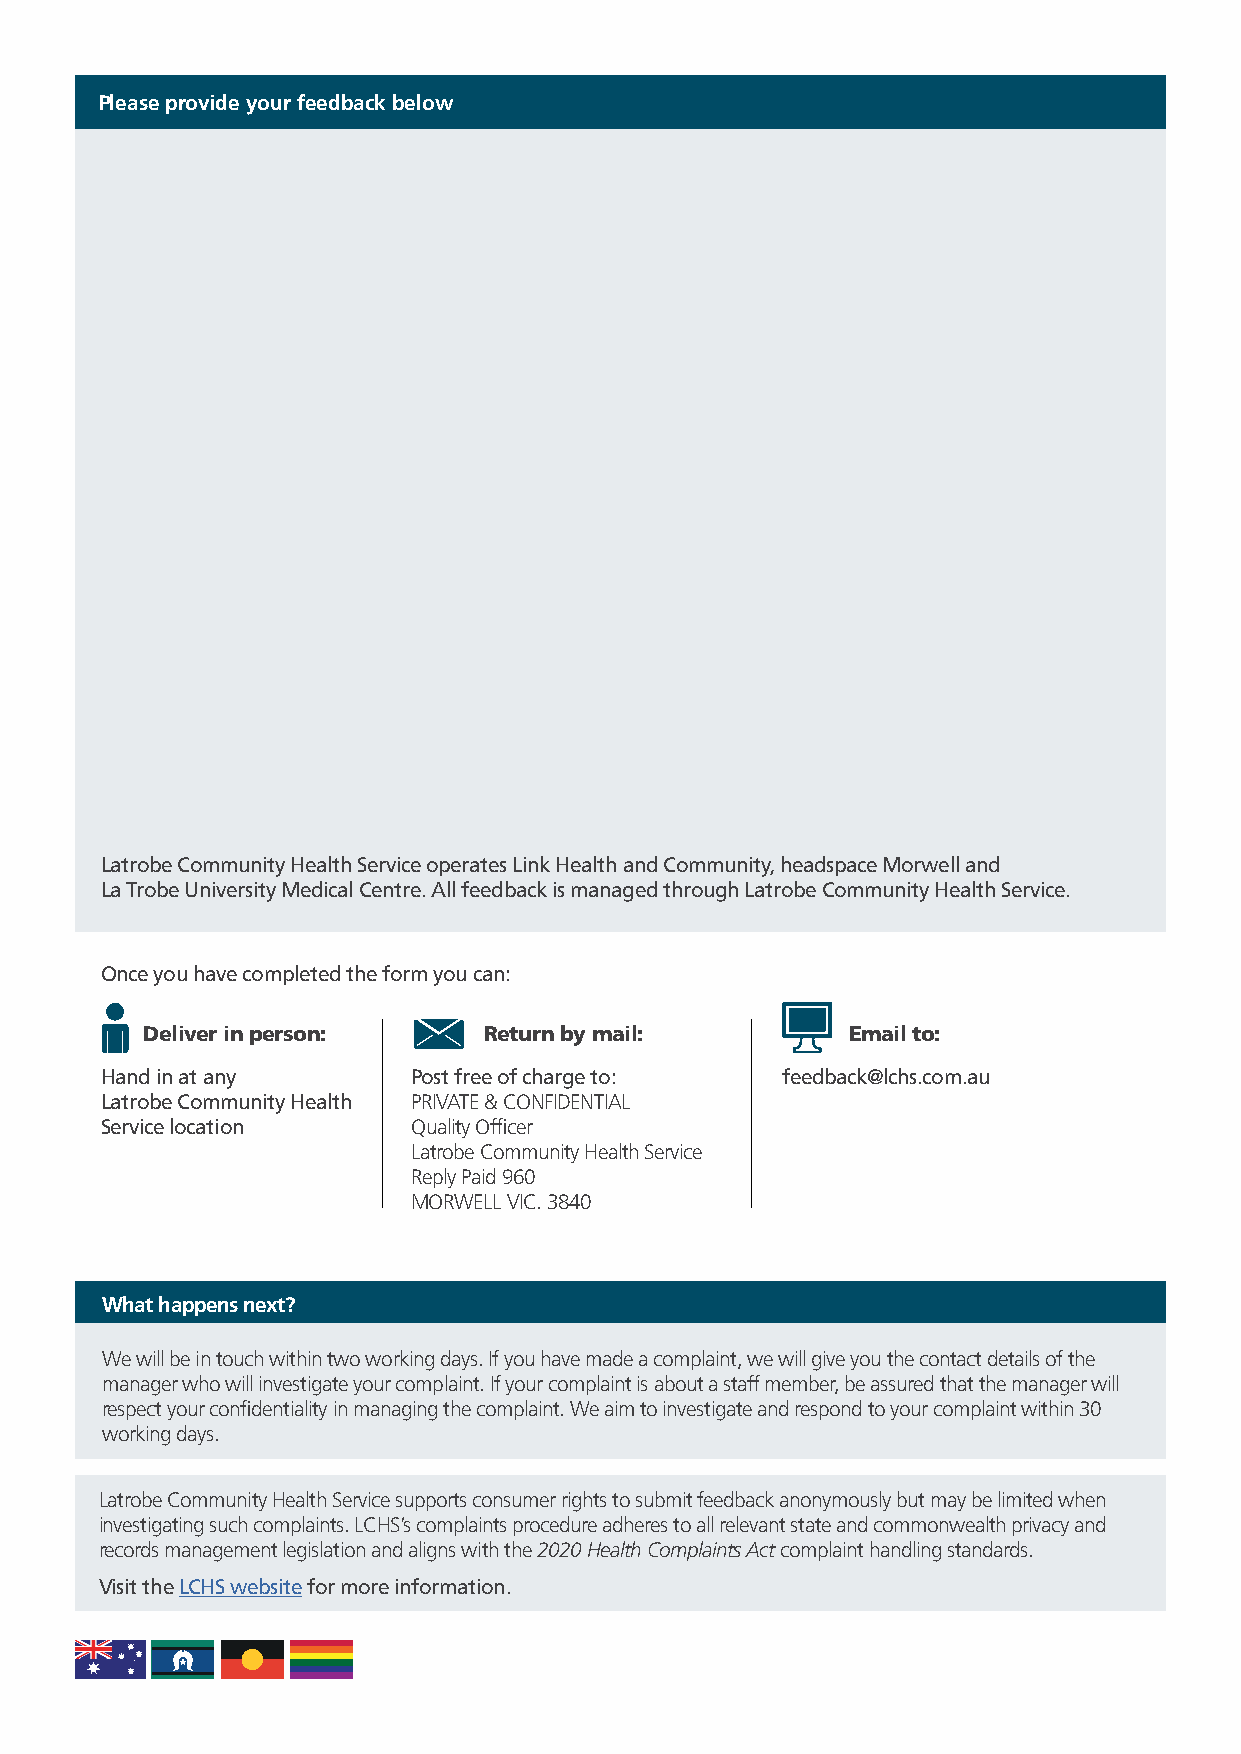
Section B continued
 Please provide your feedback below
 Latrobe Community Health Service operates Link Health and Community, headspace Morwell and
 La Trobe University Medical Centre. All feedback is managed through Latrobe Community Health Service.
 Once you have completed the form you can:
 Deliver in person:     Return by mail:         Email to:
 Hand in at any      Post free of charge to:  feedback@lchs.com.au
 Latrobe Community Health P RIVATE & CONFIDENTIAL
 Service location    Quality Officer
 Latrobe Community Health Service
 Reply Paid 960
 MORWELL VIC. 3840
 What happens next?
 We will be in touch within two working days. If you have made a complaint, we will give you the contact details of the
 manager who will investigate your complaint. If your complaint is about a staff member, be assured that the manager will
 respect your confidentiality in managing the complaint. We aim to investigate and respond to your complaint within 30
 working days.
 Latrobe Community Health Service supports consumer rights to submit feedback anonymously but may be limited when
 investigating such complaints. LCHS’s complaints procedure adheres to all relevant state and commonwealth privacy and
 records management legislation and aligns with the 2020 Health Complaints Act complaint handling standards.
 Visit the LCHS website for more information.